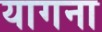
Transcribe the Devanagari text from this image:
यागना